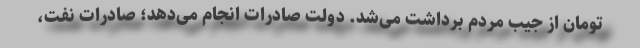
تومان از جیب مردم برداشت می‌شد. دولت صادرات انجام می‌دهد؛ صادرات نفت،